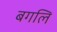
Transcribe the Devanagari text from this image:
बगलि